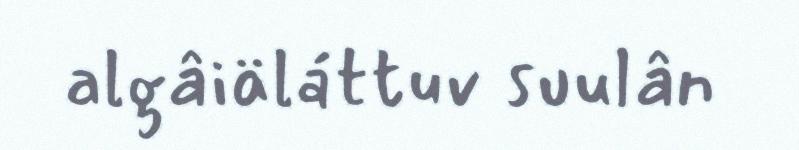
algâiäláttuv suulân